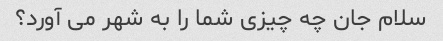
سلام جان چه چیزی شما را به شهر می آورد؟